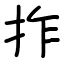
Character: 拃